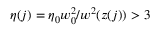
\eta ( j ) = \eta _ { 0 } w _ { 0 } ^ { 2 } / w ^ { 2 } ( z ( j ) ) > 3